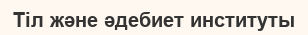
Тіл және әдебиет институты